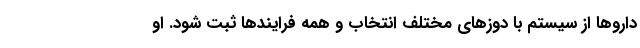
داروها از سیستم با دوزهای مختلف انتخاب و همه فرایندها ثبت شود. او